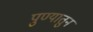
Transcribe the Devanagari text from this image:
पुण्यातुन